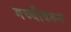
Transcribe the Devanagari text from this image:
गच्चीवरुन